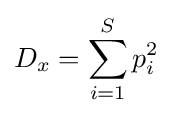
D_{x}=\sum _{i=1}^{S}p_{i}^{2}